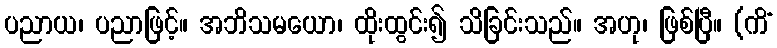
ပညာယ၊ ပညာဖြင့်။ အဘိသမယော၊ ထိုးထွင်း၍ သိခြင်းသည်။ အဟု၊ ဖြစ်ပြီ။ (ကိံ